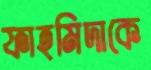
ফাহমিদাকে